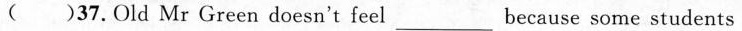
()37. Old Mr Green doesn't feel ___ because some students